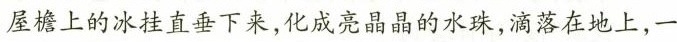
屋襜上的冰挂直垂下来，化成亮晶晶的水珠，滴落在地上，一